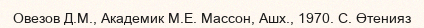
Овезов Д.М., Академик М.Е. Массон, Ашх., 1970. С. Өтенияз